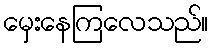
မှေးနေကြလေသည်။